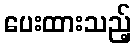
ပေးထားသည့်